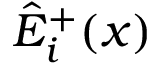
\hat { E } _ { i } ^ { + } ( x )